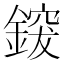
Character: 𮢰